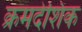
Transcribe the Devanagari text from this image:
क्रमदेशिक